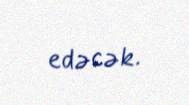
edəcək.